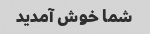
شما خوش آمدید